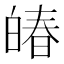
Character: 㿤